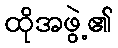
ထိုအဖွဲ့၏